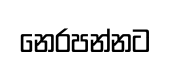
නෙරපන්නට